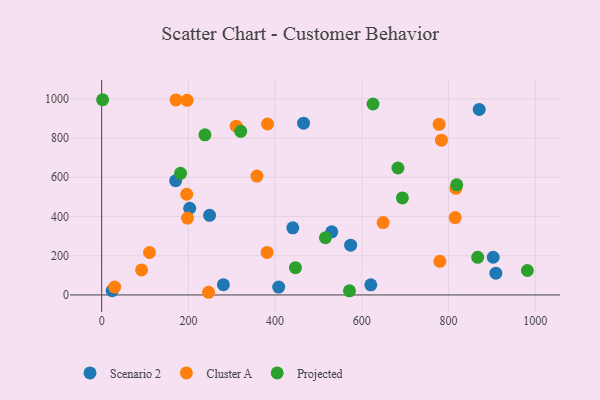
{"axis": {"x": "Distance", "y": "Rating"}, "legend": ["Cluster A", "Projected", "Scenario 2"], "data": [{"x": "909.1", "y": 110.9, "type": "Scenario 2"}, {"x": "620.7", "y": 51.5, "type": "Scenario 2"}, {"x": "24.2", "y": 21.9, "type": "Scenario 2"}, {"x": "203.0", "y": 442.1, "type": "Scenario 2"}, {"x": "574.2", "y": 253.6, "type": "Scenario 2"}, {"x": "870.7", "y": 946.2, "type": "Scenario 2"}, {"x": "530.6", "y": 321.9, "type": "Scenario 2"}, {"x": "440.8", "y": 342.3, "type": "Scenario 2"}, {"x": "903.0", "y": 192.1, "type": "Scenario 2"}, {"x": "408.3", "y": 40.3, "type": "Scenario 2"}, {"x": "280.7", "y": 52.6, "type": "Scenario 2"}, {"x": "248.9", "y": 406.1, "type": "Scenario 2"}, {"x": "465.6", "y": 876.0, "type": "Scenario 2"}, {"x": "170.6", "y": 582.4, "type": "Scenario 2"}, {"x": "382.5", "y": 871.7, "type": "Cluster A"}, {"x": "815.2", "y": 394.8, "type": "Cluster A"}, {"x": "110.3", "y": 216.5, "type": "Cluster A"}, {"x": "197.9", "y": 391.8, "type": "Cluster A"}, {"x": "381.5", "y": 216.9, "type": "Cluster A"}, {"x": "778.2", "y": 870.3, "type": "Cluster A"}, {"x": "246.5", "y": 13.6, "type": "Cluster A"}, {"x": "171.4", "y": 994.4, "type": "Cluster A"}, {"x": "196.2", "y": 513.4, "type": "Cluster A"}, {"x": "783.6", "y": 789.5, "type": "Cluster A"}, {"x": "358.1", "y": 606.1, "type": "Cluster A"}, {"x": "780.0", "y": 171.2, "type": "Cluster A"}, {"x": "310.3", "y": 860.9, "type": "Cluster A"}, {"x": "29.9", "y": 40.3, "type": "Cluster A"}, {"x": "649.1", "y": 369.2, "type": "Cluster A"}, {"x": "816.9", "y": 543.8, "type": "Cluster A"}, {"x": "197.0", "y": 992.3, "type": "Cluster A"}, {"x": "92.0", "y": 127.8, "type": "Cluster A"}, {"x": "2.2", "y": 995.6, "type": "Projected"}, {"x": "867.2", "y": 191.9, "type": "Projected"}, {"x": "571.5", "y": 21.1, "type": "Projected"}, {"x": "981.8", "y": 124.6, "type": "Projected"}, {"x": "446.9", "y": 139.1, "type": "Projected"}, {"x": "693.5", "y": 495.0, "type": "Projected"}, {"x": "818.9", "y": 561.4, "type": "Projected"}, {"x": "625.8", "y": 973.7, "type": "Projected"}, {"x": "320.7", "y": 834.6, "type": "Projected"}, {"x": "516.1", "y": 291.6, "type": "Projected"}, {"x": "238.2", "y": 816.6, "type": "Projected"}, {"x": "683.3", "y": 647.3, "type": "Projected"}, {"x": "181.9", "y": 620.4, "type": "Projected"}]}